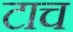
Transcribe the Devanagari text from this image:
टाच